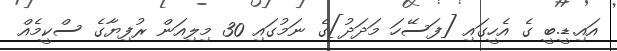
އައި.ޑީ.ބީ ގެ އެހީގައި [ފަސޭހަ މަދަދު]ގެ ނަމުގައި 30 މިލިއަން ރުފިޔާގެ ސްކީމެއް